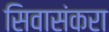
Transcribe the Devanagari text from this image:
सिवासंकरा